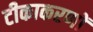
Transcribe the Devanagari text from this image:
टीकाकरणों